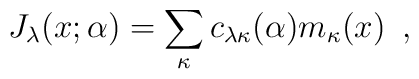
J_\lambda (x;\alpha) = \sum_{\kappa} c_{\lambda \kappa} (\alpha) m_\kappa (x)\,\,\,,